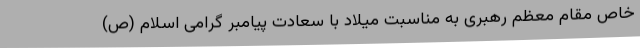
خاص مقام معظم رهبری به مناسبت میلاد با سعادت پیامبر گرامی اسلام (ص)